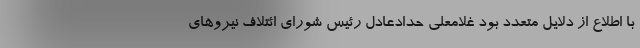
با اطلاع از دلایل متعدد بود غلامعلی حدادعادل رئیس شورای ائتلاف نیروهای